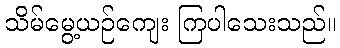
သိမ်မွေ့ယဉ်ကျေး ကြပါသေးသည်။